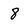
Character: 8